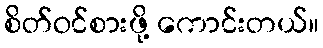
စိတ်ဝင်စားဖို့ ကောင်းတယ်။